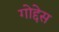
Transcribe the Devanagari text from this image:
गोद्देस